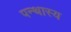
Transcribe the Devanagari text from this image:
पन्थास्य